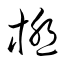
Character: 極